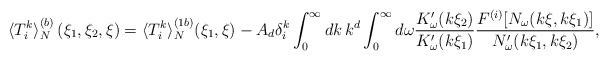
LaTeX: \begin{align*}\langle T_{i}^{k}\rangle ^{(b)}_N\left( \xi _{1},\xi _{2},\xi\right) =\langle T_{i}^{k}\rangle ^{(1b)}_N(\xi _{1},\xi)-A_d\delta _{i}^{k}\int_{0}^{\infty }dk\,k^{d}\int_{0}^{\infty}d\omega \frac{K'_{\omega }(k\xi _{2})}{K'_{\omega }(k\xi_{1})}\frac{F^{(i)}[N_{\omega }(k\xi ,k\xi _{1})]}{N'_{\omega}(k\xi _{1},k\xi _{2})}, \end{align*}